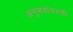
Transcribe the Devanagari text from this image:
अनुभवांवरती